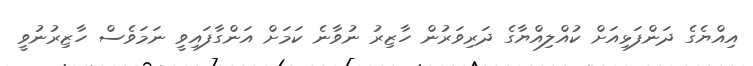
އިއްޔެގެ ދަންފަޅިއަށް ކުއްލިއްޔާގެ ދަރިވަރުން ހާޒިރު ނުވާނެ ކަމަށް އަންގާފައިވީ ނަމަވެސް ހާޒިރުނުވީ